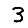
Digit: 3